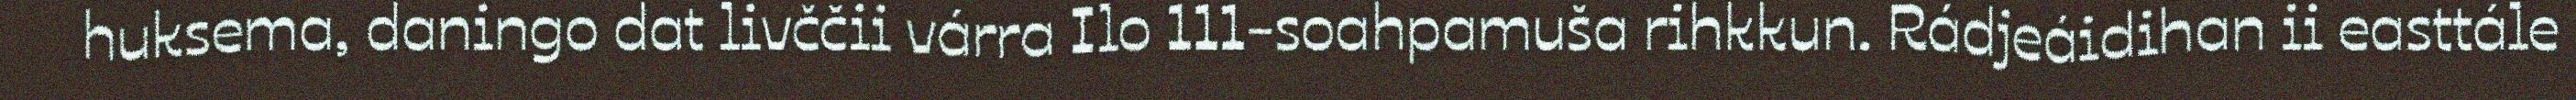
huksema, daningo dat livččii várra Ilo 111-soahpamuša rihkkun. Rádjeáidihan ii easttále